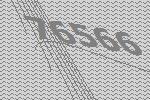
76566